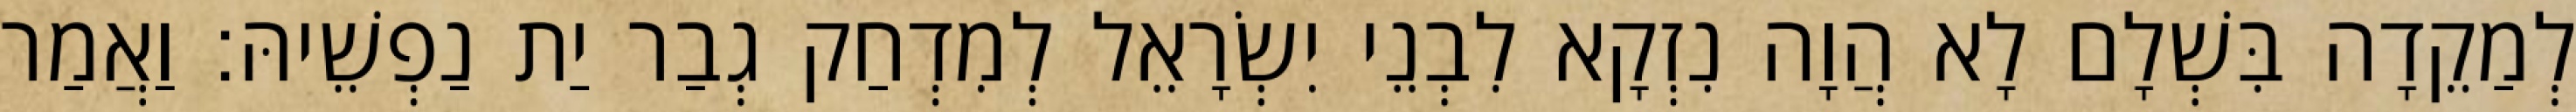
לְמַקֵדָה בִּשְׁלָם לָא הֲוָה נִזְקָא לִבְנֵי יִשְׂרָאֵל לְמִדְחַק גְבַר יַת נַפְשֵׁיהּ׃ וַאֲמַר